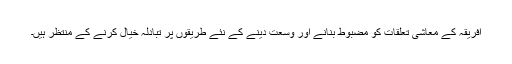
افریقہ کے معاشی تعلقات کو مضبوط بنانے اور وسعت دینے کے نئے طریقوں پر تبادلہ خیال کرنے کے منتظر ہیں۔